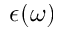
\epsilon ( \omega )